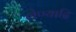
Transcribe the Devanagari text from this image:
लेण्याद्रि